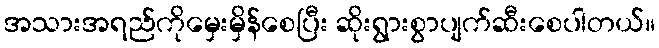
အသားအရည်ကိုမှေးမှိန်စေပြီး ဆိုးရွားစွာပျက်ဆီးစေပါတယ်။